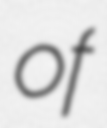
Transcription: of